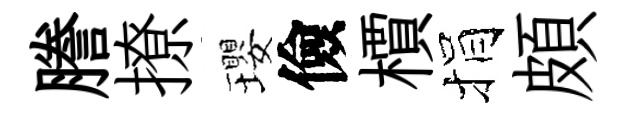
謄撩瓔儉檟捐頗